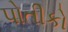
પોતીકો